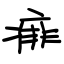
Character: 痱